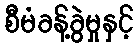
စီမံခန့်ခွဲမှုနှင့်